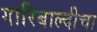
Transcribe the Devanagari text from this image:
गारिबाल्दीचा